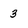
Character: 3